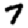
Digit: 7